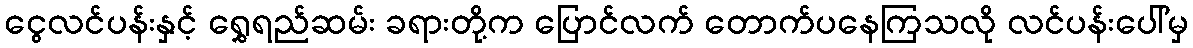
ငွေလင်ပန်းနှင့် ရွှေရည်ဆမ်း ခရားတို့က ပြောင်လက် တောက်ပနေကြသလို လင်ပန်းပေါ်မှ